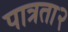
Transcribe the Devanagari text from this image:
पात्रता२